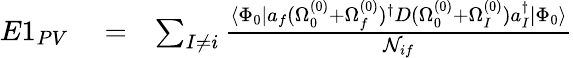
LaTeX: \begin{array}{rlr}{E1_{PV}}&{{}=}&{\sum_{I\ne i}\frac{\langle\Phi_{0}|a_{f}(\Omega_{0}^{(0)}+\Omega_{f}^{(0)})^{\dagger}D(\Omega_{0}^{(0)}+\Omega_{I}^{(0)})a_{I}^{\dagger}|\Phi_{0}\rangle}{{\cal N}_{if}}}\end{array}